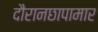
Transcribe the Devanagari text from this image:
दौरानछापामार